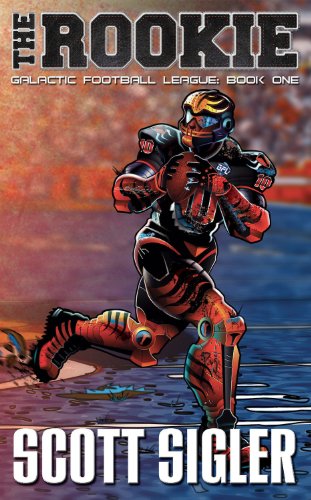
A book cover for The Rookie (The galactic football league); Scott Sigler; Literature & Fiction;